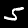
Digit: 5